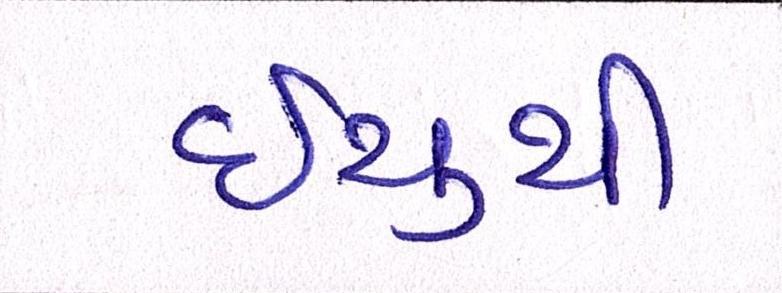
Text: ઇયુથી